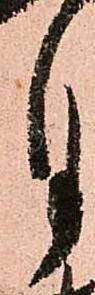
月